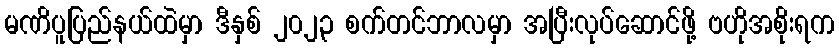
မဏိပူပြည်နယ်ထဲမှာ ဒီနှစ် ၂၀၂၃ စက်တင်ဘာလမှာ အပြီးလုပ်ဆောင်ဖို့ ဗဟိုအစိုးရက